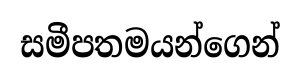
සමීපතමයන්ගෙන්